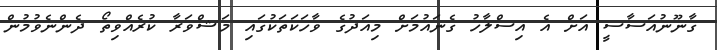
ގާނޫނުއަސާސީ އަށް އެ އިސްލާހު ގެނައުމަށް މިއަދުގެ ވާހަކަތަކުގައި މަޝްވަރާ ކުރެއްވިތޯ ދެންނެވުމުން